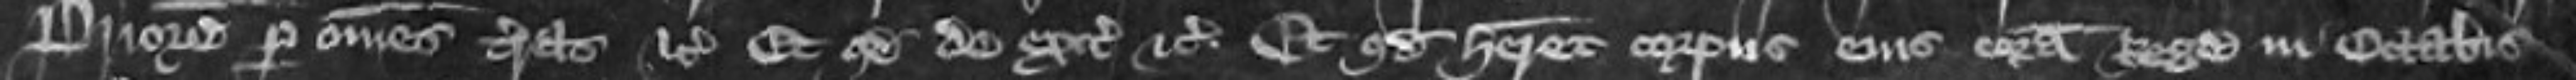
Priorem per omnes terras etc et quod de exitibus etc et quod haberet corpus eius coram rege in Octabis